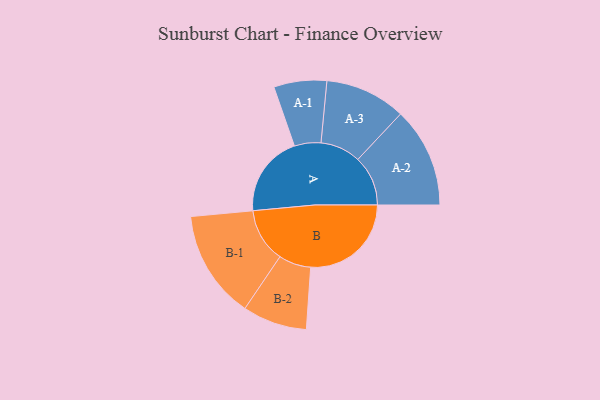
{"axis": {"x": "Segment", "y": "Value"}, "legend": ["", "A", "B"], "data": [{"x": "A", "y": 379, "type": ""}, {"x": "B", "y": 468, "type": ""}, {"x": "A-1", "y": 123, "type": "A"}, {"x": "A-2", "y": 233, "type": "A"}, {"x": "A-3", "y": 188, "type": "A"}, {"x": "B-1", "y": 252, "type": "B"}, {"x": "B-2", "y": 150, "type": "B"}]}